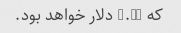
که 3.50 دلار خواهد بود.